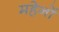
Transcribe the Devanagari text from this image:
महेनों